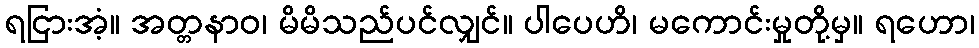
ရငြားအံ့။ အတ္တနာဝ၊ မိမိသည်ပင်လျှင်။ ပါပေဟိ၊ မကောင်းမှုတို့မှ။ ရဟော၊